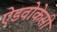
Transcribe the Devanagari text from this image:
ऐडवोकेसी